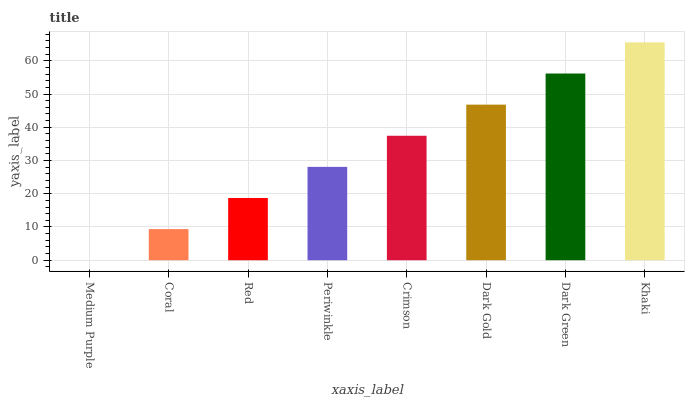
| xaxis_label | bars |
 | --- | --- |
 | Medium Purple | 0 |
 | Coral | 9.36 |
 | Red | 18.7 |
 | Periwinkle | 28.1 |
 | Crimson | 37.5 |
 | Dark Gold | 46.8 |
 | Dark Green | 56.2 |
 | Khaki | 65.5 |